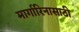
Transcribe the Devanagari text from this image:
मार्गारिनासाठी